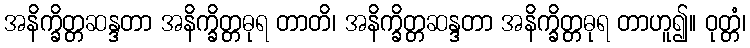
အနိက္ခိတ္တဆန္ဒတာ အနိက္ခိတ္တဓုရ တာတိ၊ အနိက္ခိတ္တဆန္ဒတာ အနိက္ခိတ္တဓုရ တာဟူ၍။ ဝုတ္တံ၊